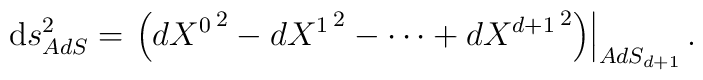
{\mathrm d}s^2_{AdS} = \left.\left(d{{X}^0}^{\,2}-d{{X}^1}^{\,2}- \cdots + d{{X}^{d+1}}^{\,2}\right) \right|_{AdS_{d+1}}.